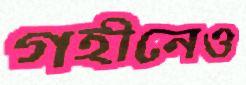
গহীনেও